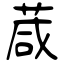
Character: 葴